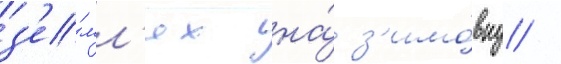
з'е́мл'ях на́ з'имо́вку /